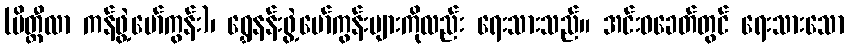
(မိတ္ထီလာ ကန်ဖွဲ့မော်ကွန်း)၊ ရွှေနန်းဖွဲ့မော်ကွန်းများကိုလည်း ရေးသားသည်။ အင်းဝခေတ်တွင် ရေးသားသော